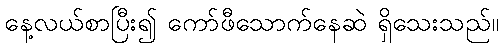
နေ့လယ်စာပြီး၍ ကော်ဖီသောက်နေဆဲ ရှိသေးသည်။